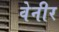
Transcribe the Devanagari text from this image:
वेनीर